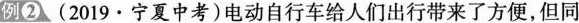
例②(2019·宁夏中考)电动自行车给人们出行带来了方便，但同